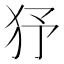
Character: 𤝉